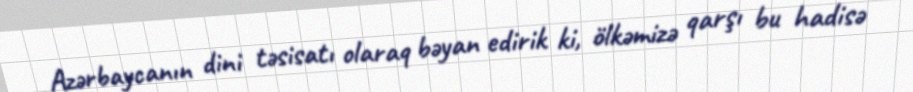
Azərbaycanın dini təsisatı olaraq bəyan edirik ki, ölkəmizə qarşı bu hadisə